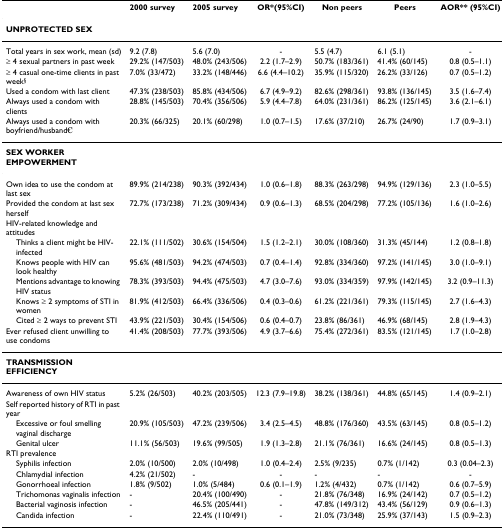
<table><thead><tr><td></td><td><b>2000 survey</b></td><td><b>2005 survey</b></td><td><b>OR*(95%CI)</b></td><td><b>Non peers</b></td><td><b>Peers</b></td><td><b>AOR** (95%CI)</b></td></tr></thead><tbody><tr><td><b>UNPROTECTED SEX</b></td><td></td><td></td><td></td><td></td><td></td><td></td></tr><tr><td>Total years in sex work, mean (sd)</td><td>9.2 (7.8)</td><td>5.6 (7.0)</td><td>-</td><td>5.5 (4.7)</td><td>6.1 (5.1)</td><td>-</td></tr><tr><td>≥ 4 sexual partners in past week</td><td>29.2% (147/503)</td><td>48.0% (243/506)</td><td>2.2 (1.7–2.9)</td><td>50.7% (183/361)</td><td>41.4% (60/145)</td><td>0.8 (0.5–1.1)</td></tr><tr><td>≥ 4 casual one-time clients in past week<sup>§</sup></td><td>7.0% (33/472)</td><td>33.2% (148/446)</td><td>6.6 (4.4–10.2)</td><td>35.9% (115/320)</td><td>26.2% (33/126)</td><td>0.7 (0.5–1.2)</td></tr><tr><td>Used a condom with last client</td><td>47.3% (238/503)</td><td>85.8% (434/506)</td><td>6.7 (4.9–9.2)</td><td>82.6% (298/361)</td><td>93.8% (136/145)</td><td>3.5 (1.6–7.4)</td></tr><tr><td>Always used a condom with clients</td><td>28.8% (145/503)</td><td>70.4% (356/506)</td><td>5.9 (4.4–7.8)</td><td>64.0% (231/361)</td><td>86.2% (125/145)</td><td>3.6 (2.1–6.1)</td></tr><tr><td>Always used a condom with boyfriend/husband<sup>€</sup></td><td>20.3% (66/325)</td><td>20.1% (60/298)</td><td>1.0 (0.7–1.5)</td><td>17.6% (37/210)</td><td>26.7% (24/90)</td><td>1.7 (0.9–3.1)</td></tr><tr><td><b>SEX WORKER EMPOWERMENT</b></td><td></td><td></td><td></td><td></td><td></td><td></td></tr><tr><td>Own idea to use the condom at last sex</td><td>89.9% (214/238)</td><td>90.3% (392/434)</td><td>1.0 (0.6–1.8)</td><td>88.3% (263/298)</td><td>94.9% (129/136)</td><td>2.3 (1.0–5.5)</td></tr><tr><td>Provided the condom at last sex herself</td><td>72.7% (173/238)</td><td>71.2% (309/434)</td><td>0.9 (0.6–1.3)</td><td>68.5% (204/298)</td><td>77.2% (105/136)</td><td>1.6 (1.0–2.6)</td></tr><tr><td>HIV-related knowledge and attitudes</td><td></td><td></td><td></td><td></td><td></td><td></td></tr><tr><td> Thinks a client might be HIV-infected</td><td>22.1% (111/502)</td><td>30.6% (154/504)</td><td>1.5 (1.2–2.1)</td><td>30.0% (108/360)</td><td>31.3% (45/144)</td><td>1.2 (0.8–1.8)</td></tr><tr><td> Knows people with HIV can look healthy</td><td>95.6% (481/503)</td><td>94.2% (474/503)</td><td>0.7 (0.4–1.4)</td><td>92.8% (334/360)</td><td>97.2% (141/145)</td><td>3.0 (1.0–9.1)</td></tr><tr><td> Mentions advantage to knowing HIV status</td><td>78.3% (393/503)</td><td>94.4% (475/503)</td><td>4.7 (3.0–7.6)</td><td>93.0% (334/359)</td><td>97.9% (142/145)</td><td>3.2 (0.9–11.3)</td></tr><tr><td> Knows ≥ 2 symptoms of STI in women</td><td>81.9% (412/503)</td><td>66.4% (336/506)</td><td>0.4 (0.3–0.6)</td><td>61.2% (221/361)</td><td>79.3% (115/145)</td><td>2.7 (1.6–4.3)</td></tr><tr><td> Cited ≥ 2 ways to prevent STI</td><td>43.9% (221/503)</td><td>30.4% (154/506)</td><td>0.6 (0.4–0.7)</td><td>23.8% (86/361)</td><td>46.9% (68/145)</td><td>2.8 (1.9–4.3)</td></tr><tr><td>Ever refused client unwilling to use condoms</td><td>41.4% (208/503)</td><td>77.7% (393/506)</td><td>4.9 (3.7–6.6)</td><td>75.4% (272/361)</td><td>83.5% (121/145)</td><td>1.7 (1.0–2.8)</td></tr><tr><td><b>TRANSMISSION EFFICIENCY</b></td><td></td><td></td><td></td><td></td><td></td><td></td></tr><tr><td>Awareness of own HIV status</td><td>5.2% (26/503)</td><td>40.2% (203/505)</td><td>12.3 (7.9–19.8)</td><td>38.2% (138/361)</td><td>44.8% (65/145)</td><td>1.4 (0.9–2.1)</td></tr><tr><td>Self reported history of RTI in past year</td><td></td><td></td><td></td><td></td><td></td><td></td></tr><tr><td> Excessive or foul smelling vaginal discharge</td><td>20.9% (105/503)</td><td>47.2% (239/506)</td><td>3.4 (2.5–4.5)</td><td>48.8% (176/360)</td><td>43.5% (63/145)</td><td>0.8 (0.5–1.2)</td></tr><tr><td> Genital ulcer</td><td>11.1% (56/503)</td><td>19.6% (99/505)</td><td>1.9 (1.3–2.8)</td><td>21.1% (76/361)</td><td>16.6% (24/145)</td><td>0.8 (0.5–1.3)</td></tr><tr><td>RTI prevalence</td><td></td><td></td><td></td><td></td><td></td><td></td></tr><tr><td> Syphilis infection</td><td>2.0% (10/500)</td><td>2.0% (10/498)</td><td>1.0 (0.4–2.4)</td><td>2.5% (9/235)</td><td>0.7% (1/142)</td><td>0.3 (0.04–2.3)</td></tr><tr><td> Chlamydial infection</td><td>4.2% (21/502)</td><td>-</td><td>-</td><td>-</td><td>-</td><td>-</td></tr><tr><td> Gonorrhoeal infection</td><td>1.8% (9/502)</td><td>1.0% (5/484)</td><td>0.6 (0.1–1.9)</td><td>1.2% (4/432)</td><td>0.7% (1/142)</td><td>0.6 (0.7–5.9)</td></tr><tr><td> Trichomonas vaginalis infection</td><td>-</td><td>20.4% (100/490)</td><td>-</td><td>21.8% (76/348)</td><td>16.9% (24/142)</td><td>0.7 (0.5–1.2)</td></tr><tr><td> Bacterial vaginosis infection</td><td>-</td><td>46.5% (205/441)</td><td>-</td><td>47.8% (149/312)</td><td>43.4% (56/129)</td><td>0.9 (0.6–1.3)</td></tr><tr><td> Candida infection</td><td>-</td><td>22.4% (110/491)</td><td>-</td><td>21.0% (73/348)</td><td>25.9% (37/143)</td><td>1.5 (0.9–2.3)</td></tr></tbody></table>